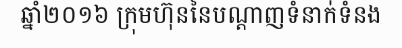
ឆ្នាំ២០១៦ ក្រុមហ៊ុននៃបណ្តាញទំនាក់ទំនង